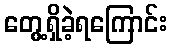
တွေ့ရှိခဲ့ရကြောင်း